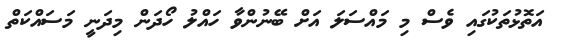
އަތޮޅުތަކުގައި ވެސް މި މައްސަލަ އަށް ބޭނުންވާ ހައްލު ހޯދަން މިދަނީ މަސައްކަތް